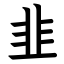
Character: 韭